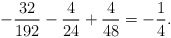
\begin{align*}-\frac{32}{192} -\frac{4}{24} +\frac{4}{48} = -\frac{1}{4}.\end{align*}